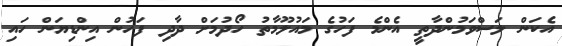
އެކަން ލަސްވަމުންދާތީ އެންމެ ފަހުގެ މައުލޫމާތު ހޯދުމަށް ދާދި ފަހުން އިންޑިޔަން ހައި